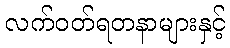
လက်ဝတ်ရတနာများနှင့်